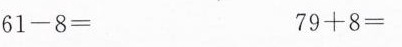
$$6 1 - 8 =$$ $$7 9 + 8 =$$